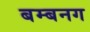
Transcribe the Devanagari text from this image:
बम्बनग